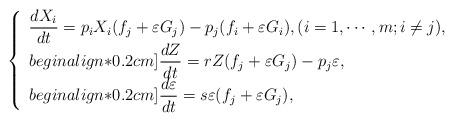
LaTeX: \begin{align*}\left\{ \begin{array}{l}\displaystyle \frac{dX_i}{dt} = p_iX_i (f_j + \varepsilon G_j) - p_j (f_i + \varepsilon G_i ),(i=1,\cdots ,m; i\neq j), \\begin{align*}0.2cm]\displaystyle \frac{dZ}{dt} =rZ (f_j + \varepsilon G_j) -p_j \varepsilon, \\begin{align*}0.2cm]\displaystyle \frac{d\varepsilon }{dt} = s\varepsilon (f_j + \varepsilon G_j),\end{array} \right.\end{align*}